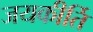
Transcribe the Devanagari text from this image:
जयकीर्ति